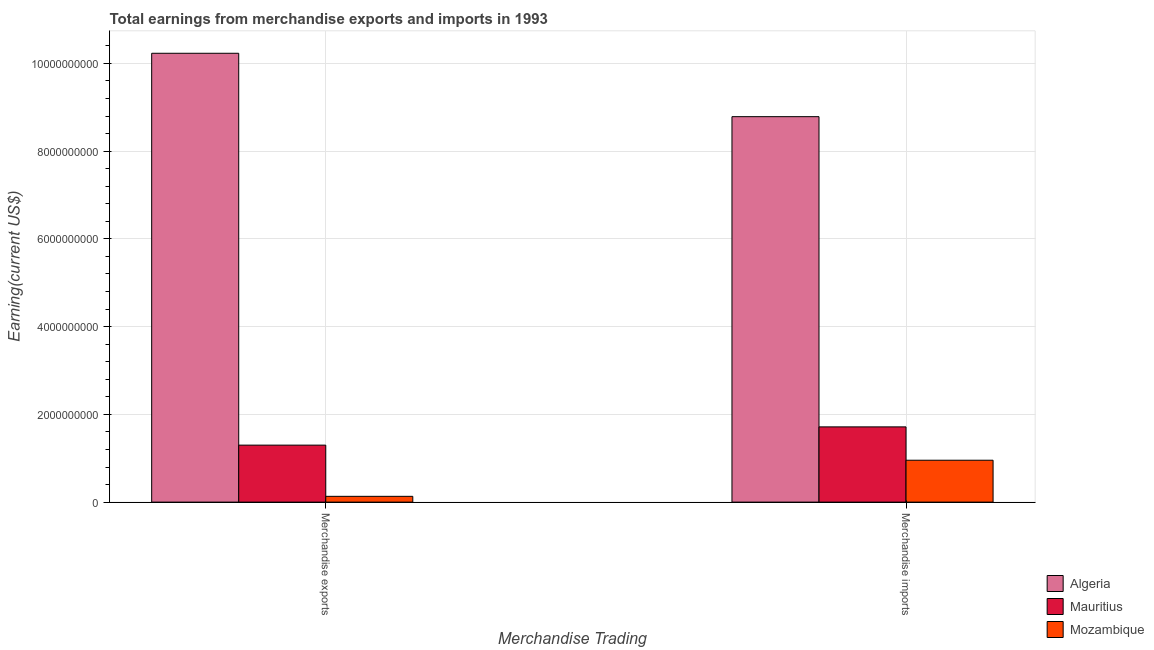
| Merchandise Trading | Algeria | Mauritius | Mozambique |
 | --- | --- | --- | --- |
 | Merchandise exports | 1.02e+10 | 1.3e+09 | 1.32e+08 |
 | Merchandise imports | 8.78e+09 | 1.72e+09 | 9.55e+08 |